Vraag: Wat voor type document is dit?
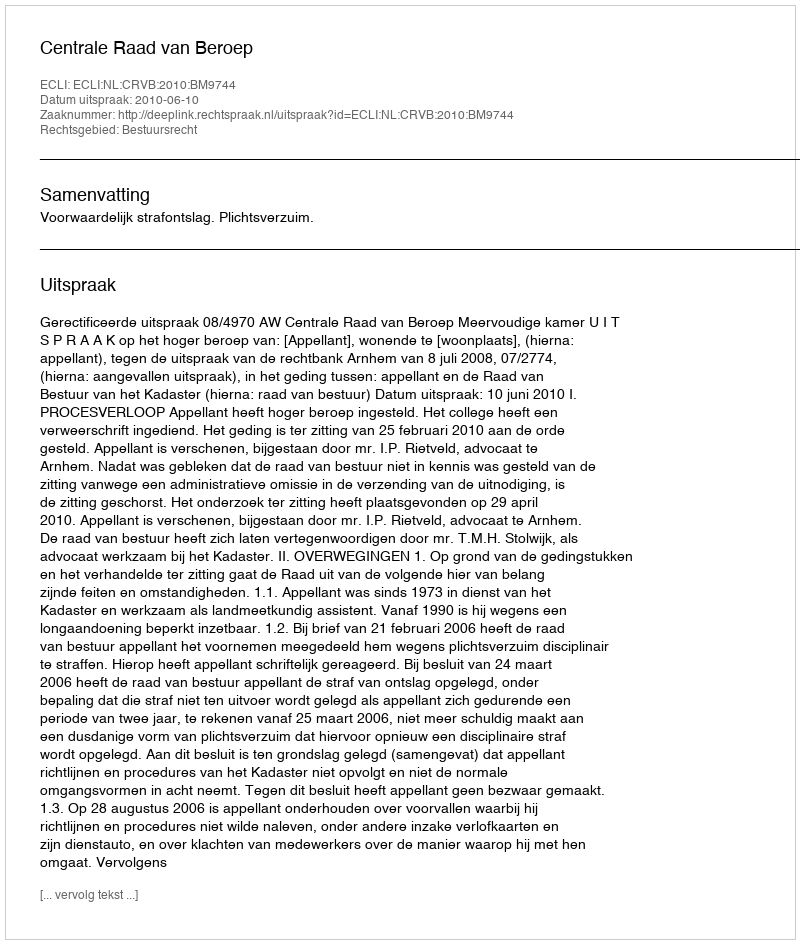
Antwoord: Uitspraak